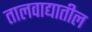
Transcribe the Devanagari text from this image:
तालवाद्यातील